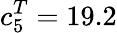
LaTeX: c_{5}^{T}=19.2